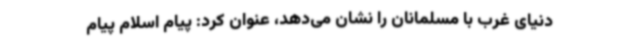
دنیای غرب با مسلمانان را نشان می‌دهد، عنوان کرد: پیام اسلام پیام